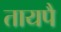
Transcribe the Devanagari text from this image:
तायपै